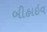
બીહાઇવ